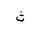
Letter: _tha